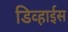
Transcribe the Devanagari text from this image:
डिव्हाईस